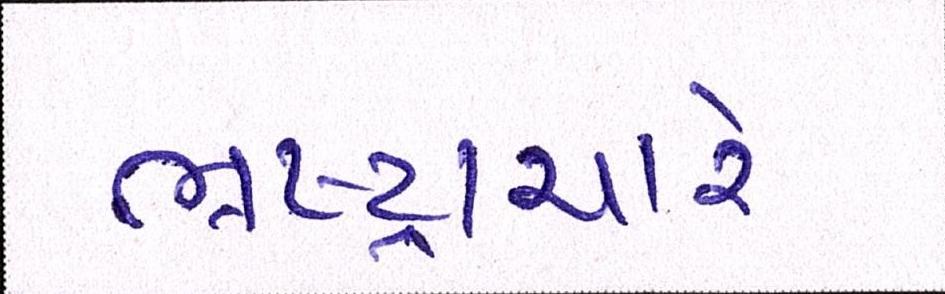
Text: ભ્રષ્ટ્રાચારે